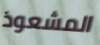
المشعوذ